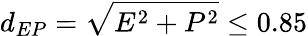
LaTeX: d_{EP}=\sqrt{E^{2}+P^{2}}\leq 0.85